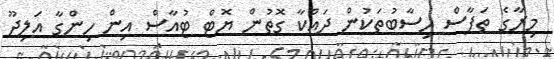
މިރާގެ ތަފާސް ހިސާބުތަކުން ދައްކާ ގޮތުން ޔޮޓް ޓުއާސް އިން ހިންގާ އަލިދޫ